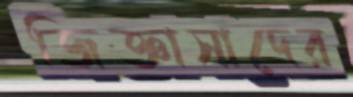
জিজ্ঞাসাদের